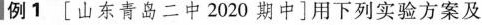
例1 [山东青岛二中2020期中]用下列实验方案及